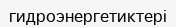
гидроэнергетиктері